Vaccine operations Central Provinces 1868-1885 - 1868-1885
Year: 1868
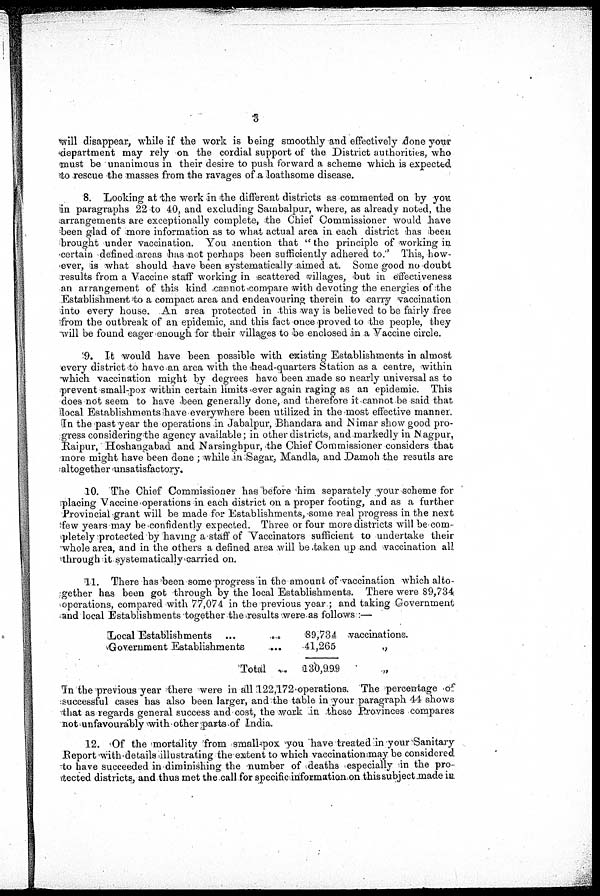
3
will disappear, while if the work is being smoothly and effectively done your
department may rely on the cordial support of the District authorities, who
must be unanimous in their desire to push forward a scheme which is expected
to rescue the masses from the ravages of a loathsome disease.
8. Looking at the work in the different districts as commented on by you
in paragraphs 22 to 40, and excluding Sambalpur, where, as already noted, the
arrangements are exceptionally complete, the Chief Commissioner would have
been glad of more information as to what actual area in each district has been
brought under vaccination. You mention that ''the principle of working in
certain defined areas has not perhaps been sufficiently adhered to." This, how-
ever, is what should have been systematically aimed at. Some good no doubt
results from a Vaccine staff working in scattered villages, but in effectiveness
an arrangement of this kind cannot compare with devoting the energies of the
Establishment to a compact area and endeavouring therein to carry vaccination
into every house. An area protected in this way is believed to be fairly free
from the outbreak of an epidemic, and this fact once proved to the people, they
will be found eager enough for their villages to be enclosed in a Vaccine circle.
9. It would have been possible with existing Establishments in almost
every district to have an area with the head-quarters Station as a centre, within
which vaccination might by degrees have been made so nearly universal as to
prevent small-pox within certain limits ever again raging as an epidemic. This
does not seem to have been generally done, and therefore it cannot be said that
local Establishments have everywhere been utilized in the most effective manner.
In the past year the operations in Jabalpur, Bhandara and Nimar show good pro-
gress considering the agency available; in other districts, and markedly in Nagpur,
Raipur, Hoshangabad and Narsinghpur, the Chief Commissioner considers that
more might have been done ; while in-Sagar, Mandla, and Damoh the resutls are
altogether unsatisfactory.
10. The Chief Commissioner has before him separately your scheme for
placing Vaccine operations in each district on a proper footing, and as a further
Provincial grant will be made for Establishments, some real progress in the next
few years may be confidently expected. Three or four more districts will be com-
pletely protected by having a staff of Vaccinators sufficient to undertake their
whole area, and in the others a defined area will be taken up and vaccination all
through it systematically carried on.
11. There has been some progress in the amount of vaccination which alto-
gether has been got through by the local Establishments. There were 89,734
operations, compared with 77,074 in the previous year ; and taking Government
and local Establishments together the results were as follows :—
Local Establishments ... ...
Government Establishments ...
Total ..
89,734
41,265
130,999
vaccinations.
„
„
In the previous year there were in all 122,172 operations. The percentage of
successful cases has also been larger, and the table in your paragraph 44 shows
that as regards general success and cost, the work in these Provinces compares
not unfavourably with other parts of India.
12. Of the mortality from smallpox you have treated in your Sanitary
Report with details illustrating the extent to which vaccination may be considered
to have succeeded in diminishing the number of deaths especially in the pro-
-ected districts, and thus met the call for specific information on this subject made in